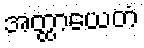
အတ္ထာယေတံ